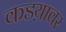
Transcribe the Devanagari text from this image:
कडय़ावर